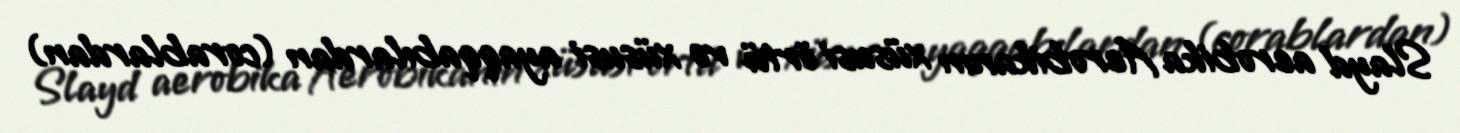
Slayd aerobika Aerobikanın xüsusi örtü və xüsusi ayaqqabılardan (corablardan)